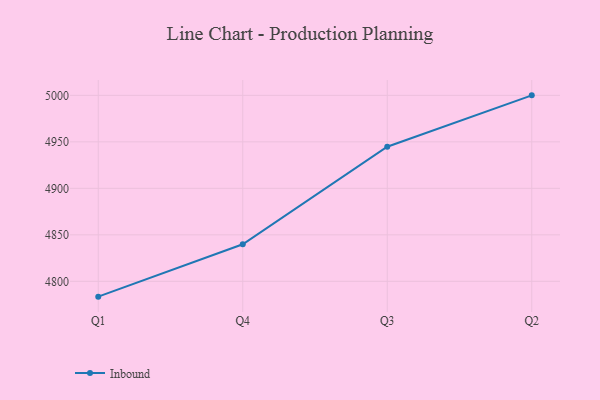
{"axis": {"x": "Quarter", "y": "Temperature (°C)"}, "legend": ["Inbound"], "data": [{"x": "Q1", "y": 4783.5, "type": "Inbound"}, {"x": "Q4", "y": 4839.8, "type": "Inbound"}, {"x": "Q3", "y": 4944.7, "type": "Inbound"}, {"x": "Q2", "y": 5000, "type": "Inbound"}]}